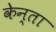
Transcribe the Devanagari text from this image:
केन्ता